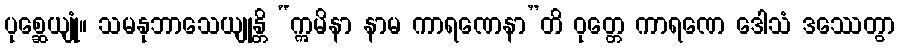
ပုစ္ဆေယျုံ။ သမနုဘာသေယျုန္တိ “ဣမိနာ နာမ ကာရဏေနာ”တိ ဝုတ္တေ ကာရဏေ ဒေါသံ ဒဿေတွာ